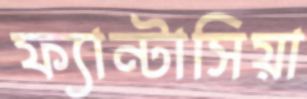
ফ্যান্টাসিয়া